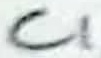
Text: C1